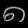
Digit: ၈